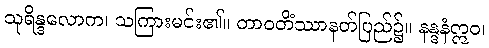
သုရိန္ဒလောက၊ သကြားမင်း၏။ တာဝတိံဿာနတ်ပြည်၌။ နန္ဒနံဣဝ၊